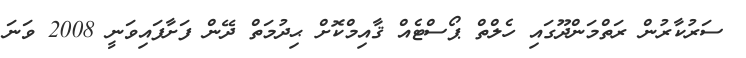
ސަރުކާރުން ރަތްމަންދޫގައި ހެލްތް ޕޯސްޓެއް ޤާއިމްކޮށް ޙިދުމަތް ދޭން ފަށާފައިވަނީ 2008 ވަނަ